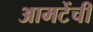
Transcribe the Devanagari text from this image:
आमटेंची